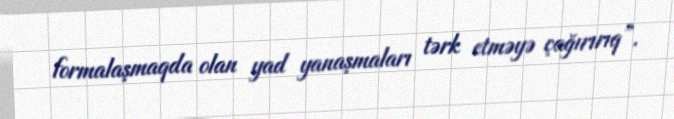
formalaşmaqda olan yad yanaşmaları tərk etməyə çağırırıq”.